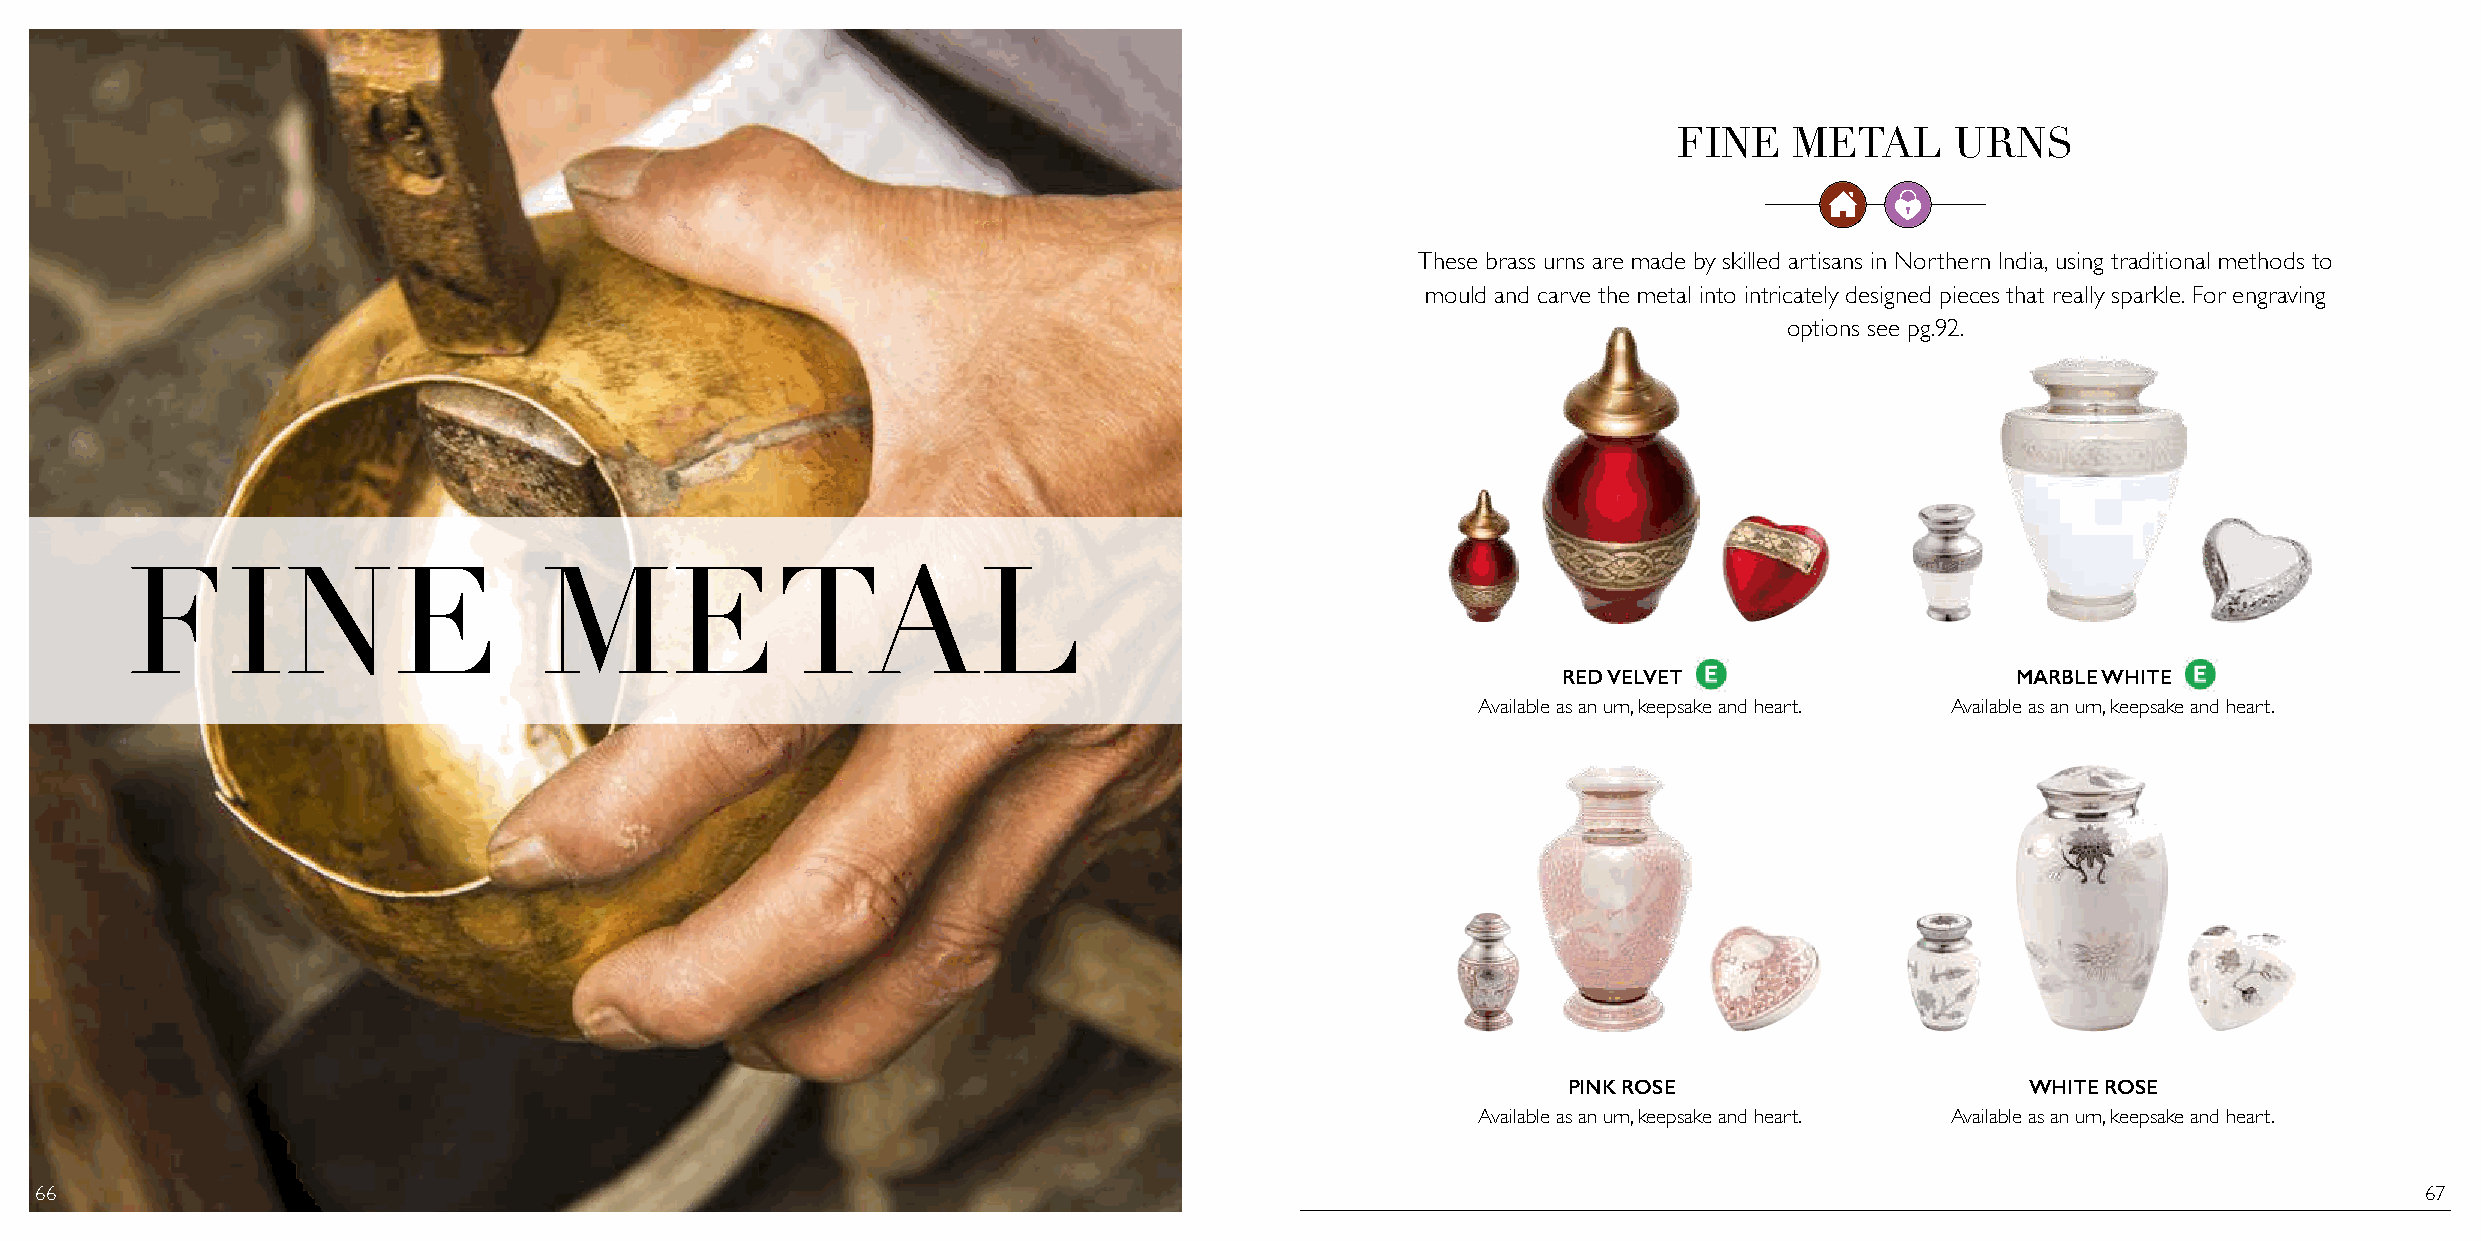
FINE    METAL     URNS
 These brass urns are made by skilled artisans in Northern India, using traditional methods to
 mould and carve the metal into intricately designed pieces that really sparkle. For engraving
 options see pg.92.
 FINE                        METAL
 RED VELVET                    MARBLE WHITE
 Available as an urn, keepsake and heart. Available as an urn, keepsake and heart.
 PINK ROSE                     WHITE ROSE
 Available as an urn, keepsake and heart. Available as an urn, keepsake and heart.
 66                                                                                                                                                            67